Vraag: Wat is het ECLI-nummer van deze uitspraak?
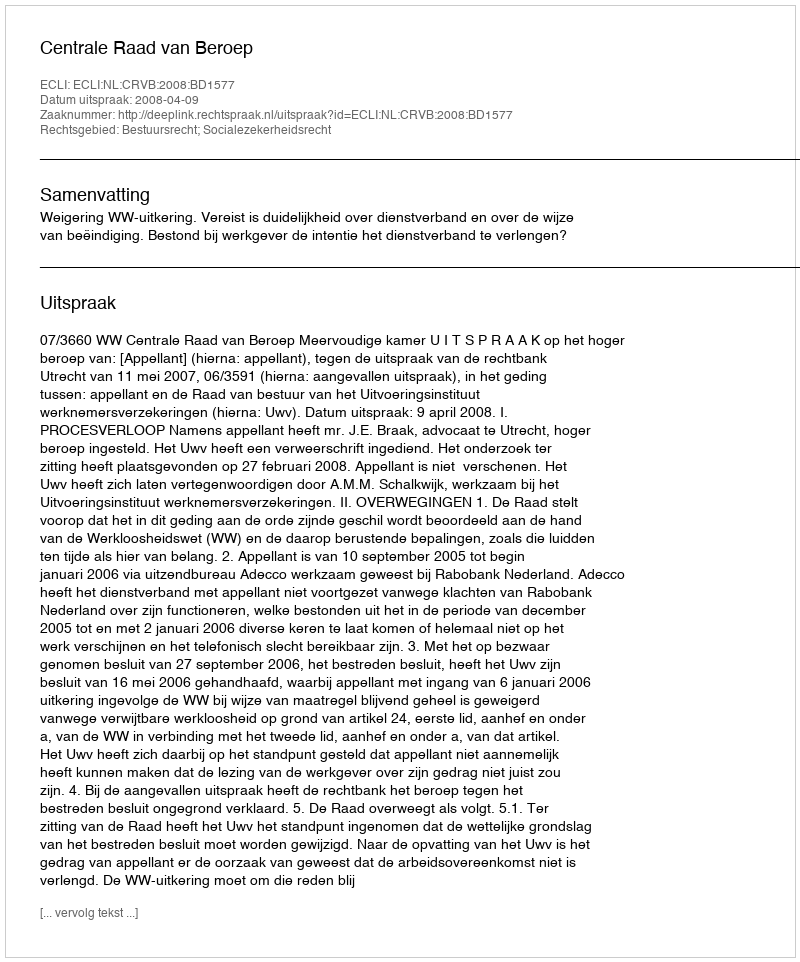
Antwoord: ECLI:NL:CRVB:2008:BD1577